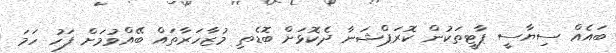
ބައެއް ސިޔާސީ ޕާޓީތަކުން ކޮރަޕްޝަނާ ދެކޮޅަށް ބޮޑެތި މުޒާހަރާތައް ބޭއްވުމަށް ފަހު ހަމަ